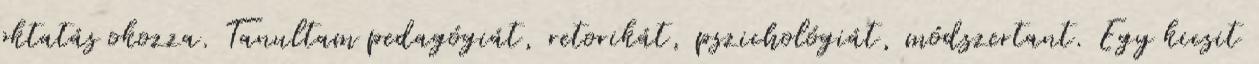
oktatás okozza. Tanultam pedagógiát, retorikát, pszichológiát, módszertant. Egy kicsit